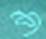
শ